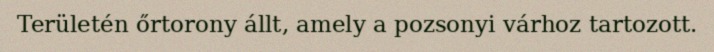
Területén őrtorony állt, amely a pozsonyi várhoz tartozott.